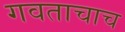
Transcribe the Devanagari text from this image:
गवताचाच